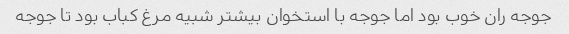
جوجه ران خوب بود اما جوجه با استخوان بیشتر شبیه مرغ کباب بود تا جوجه